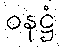
ဝနဋ္ဌံ